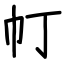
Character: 帄